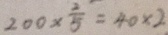
2 0 0 \times \frac { 2 } { 5 } = 4 0 \times 2